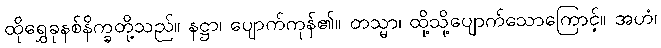
ထိုရွှေခုနစ်နိက္ခတို့သည်။ နဋ္ဌာ၊ ပျောက်ကုန်၏။ တသ္မာ၊ ထို့သို့ပျောက်သောကြောင့်။ အဟံ၊